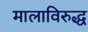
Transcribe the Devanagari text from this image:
मालाविरुद्ध